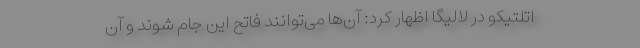
اتلتیکو در لالیگا اظهار کرد: آن‌ها می‌توانند فاتح این جام شوند و آن